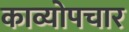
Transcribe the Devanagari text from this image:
काव्योपचार